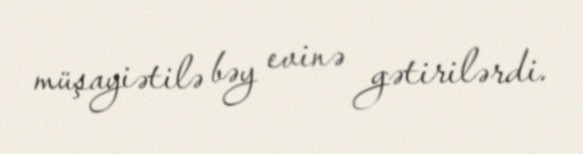
müşayiətilə bəy evinə gətirilərdi.